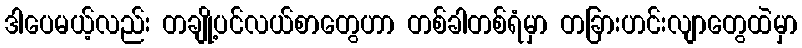
ဒါပေမယ့်လည်း တချို့ပင်လယ်စာတွေဟာ တစ်ခါတစ်ရံမှာ တခြားဟင်းလျာတွေထဲမှာ